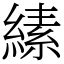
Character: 縤